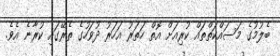
ބެލުމުގެ މަސައްކަތްތައް ކުރިއަށް އޮތް ހަތަރު އަހަރު ދުވަހުގެ ތެރޭގައި ކުރާނެ އެވެ.